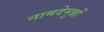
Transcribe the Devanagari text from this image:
नामदेमुन्नों